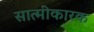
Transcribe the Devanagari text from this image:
सात्मीकारक